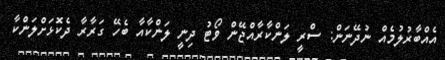
އެއްބާރުލުމެއް ނުދޭނަން: ސްރީ ލަންކާރާއްޖޭން ވޯޓު ދިނީ ލަންކާއާ ބެހޭ ގަރާރާ ދެކޮޅަށްލަންކާ